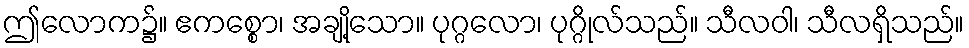
ဤလောက၌။ ဧကစ္စော၊ အချို့သော။ ပုဂ္ဂလော၊ ပုဂ္ဂိုလ်သည်။ သီလဝါ၊ သီလရှိသည်။